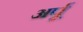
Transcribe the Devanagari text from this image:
अर्पू